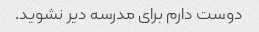
دوست دارم برای مدرسه دیر نشوید.